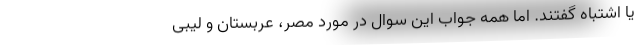
یا اشتباه گفتند. اما همه جوابِ این سوال در مورد مصر، عربستان و لیبی